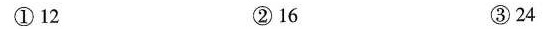
①12 ②16 ③24